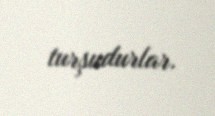
turşudurlar.